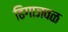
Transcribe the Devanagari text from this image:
ढिगाजवळ